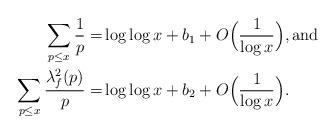
LaTeX: \begin{align*}\sum_{p\le x} \frac{1}{p} =& \log \log x + b_1+ O\Big(\frac{1}{\log x}\Big), \mbox{and} \\\sum_{p\le x} \frac{\lambda^2_f(p)}{p} =& \log \log x + b_2+ O\Big(\frac{1}{\log x}\Big).\end{align*}